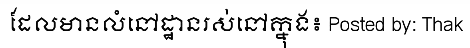
ដែលមានលំនៅដ្ឋានរស់នៅក្នុង៖ Posted by: Thak